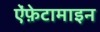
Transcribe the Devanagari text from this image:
ऐंफ़ेटामाइन